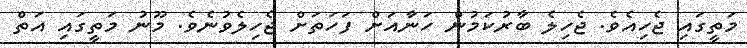
މަތީގައި ޖެހިއެވެ. ޖެހިލެ ބާރުކަމުން ހަނާއަށް ފަހަތަށް ޖެހިލެވުނެވެ. މޫނު މަތީގައި އަތް